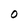
Character: O